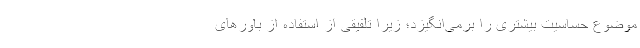
موضوع حساسیت بیشتری را برمی‌انگیزد؛ زیرا تلفیقی از استفاده از باورهای